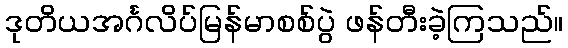
ဒုတိယအင်္ဂလိပ်မြန်မာစစ်ပွဲ ဖန်တီးခဲ့ကြသည်။